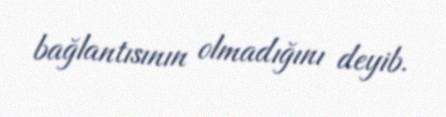
bağlantısının olmadığını deyib.